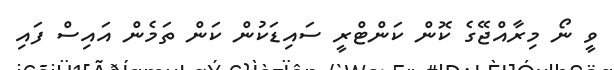
ވީ ނޯ މިރާއްޖޭގެ ކޮން ކަންޓްރީ ސައިޑަކުން ކަން ތަމެން އައިސް ފައި